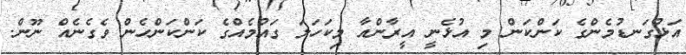
އަޅުގަނޑުމެންގެ ކަންކަން މި އުޅެނީ އީރާންއާ މިކަހަލަ ގައުމެއްގެ ކަންކަންހެން ވެގެނެއް ނޫން.